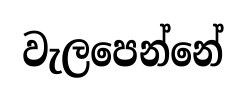
වැලපෙන්නේ